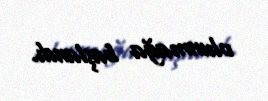
olunmağa başlandı.